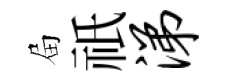
屇祇涕